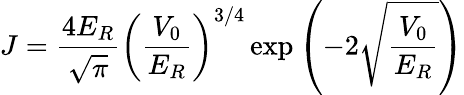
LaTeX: J=\frac{4E_{R}}{\sqrt{\pi}}\left(\frac{V_{0}}{E_{R}}\right)^{3/4}\exp\left(-2\sqrt{\frac{V_{0}}{E_{R}}}\right)